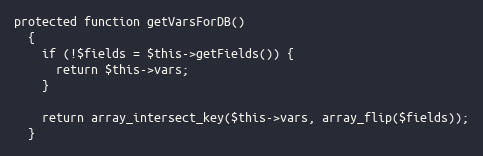
Language: PHP
protected function getVarsForDB()
  {
    if (!$fields = $this->getFields()) {
      return $this->vars;
    }

    return array_intersect_key($this->vars, array_flip($fields));
  }